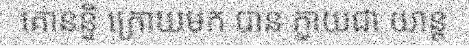
គោនន្ទិ ក្រោយមក បាន ក្លាយជា យាន្ត